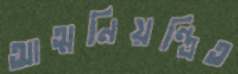
আত্মনিয়ন্ত্রিত